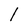
Character: 1